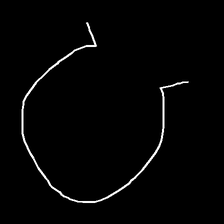
Glyph: weave